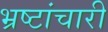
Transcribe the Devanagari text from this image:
भ्रष्टांचारी